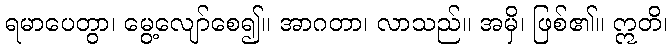
ရမာပေတွာ၊ မွေ့လျော်စေ၍။ အာဂတာ၊ လာသည်။ အမှိ၊ ဖြစ်၏။ ဣတိ၊